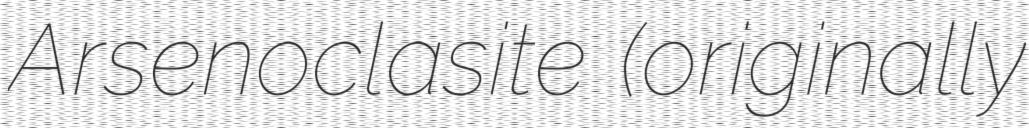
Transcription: Arsenoclasite (originally